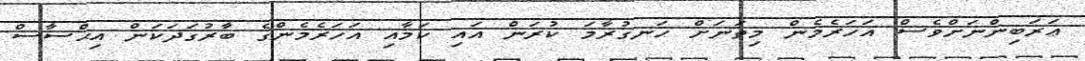
ޢަރަބިންނަށްވެސް އަހަރެމެން މިތަނަށް ހަނގުރާމަ ކުރަން އައި ކަމާއި އަހަރެމެންގެ ބާރުގަދަކަން އިޙްސާސް